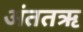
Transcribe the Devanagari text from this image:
अंततऋ